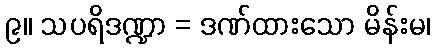
၉။ သပရိဒဏ္ဍာ = ဒဏ်ထားသော မိန်းမ၊